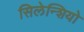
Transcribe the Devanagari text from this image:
सिलेन्शियो